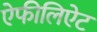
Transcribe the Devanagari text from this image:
ऐफीलिऐट